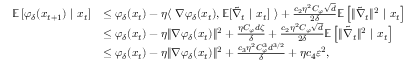
\begin{array} { r l } { { \mathbb { E } } \left[ \varphi _ { \delta } ( x _ { t + 1 } ) ~ | ~ x _ { t } \right] } & { \le \varphi _ { \delta } ( x _ { t } ) - \eta \langle ~ \nabla \varphi _ { \delta } ( x _ { t } ) , { \mathbb { E } } [ \tilde { \nabla } _ { t } ~ | ~ x _ { t } ] ~ \rangle + \frac { c _ { 2 } \eta ^ { 2 } C _ { \varphi } \sqrt { d } } { 2 \delta } { \mathbb { E } } \left[ \Vert \tilde { \nabla } _ { t } \Vert ^ { 2 } ~ | ~ x _ { t } \right] } \\ & { \le \varphi _ { \delta } ( x _ { t } ) - \eta \Vert \nabla \varphi _ { \delta } ( x _ { t } ) \Vert ^ { 2 } + \frac { \eta C _ { \varphi } d \zeta } { \delta } + \frac { c _ { 2 } \eta ^ { 2 } C _ { \varphi } \sqrt { d } } { 2 \delta } { \mathbb { E } } \left[ \Vert \tilde { \nabla } _ { t } \Vert ^ { 2 } ~ | ~ x _ { t } \right] } \\ & { \le \varphi _ { \delta } ( x _ { t } ) - \eta \Vert \nabla \varphi _ { \delta } ( x _ { t } ) \Vert ^ { 2 } + \frac { c _ { 3 } \eta ^ { 2 } C _ { \varphi } ^ { 3 } d ^ { 3 / 2 } } { \delta } + \eta c _ { 4 } \varepsilon ^ { 2 } , } \end{array}